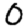
Digit: 0